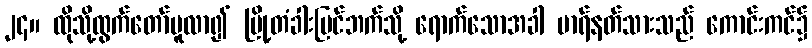
၂၄။ ထိုသို့ထွက်တော်မူလာ၍ မြို့တံခါးပြင်ဘက်သို့ ရောက်သောအခါ မာရ်နတ်သားသည် ကောင်းကင်၌